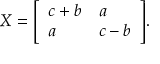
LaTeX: X = { \left[ \begin{array} { l l } { c + b } & { a } \\ { a } & { c - b } \end{array} \right] } .